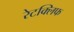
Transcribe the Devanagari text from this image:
रेटक्लिफ